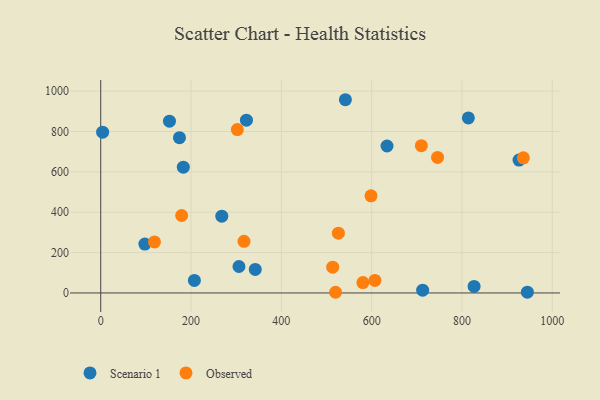
{"axis": {"x": "Ad Spend", "y": "Profit"}, "legend": ["Observed", "Scenario 1"], "data": [{"x": "268.1", "y": 380.7, "type": "Scenario 1"}, {"x": "814.1", "y": 867.1, "type": "Scenario 1"}, {"x": "926.3", "y": 658.3, "type": "Scenario 1"}, {"x": "152.2", "y": 851.2, "type": "Scenario 1"}, {"x": "174.4", "y": 769.3, "type": "Scenario 1"}, {"x": "322.7", "y": 856.2, "type": "Scenario 1"}, {"x": "944.8", "y": 4.1, "type": "Scenario 1"}, {"x": "306.1", "y": 131.0, "type": "Scenario 1"}, {"x": "182.9", "y": 623.5, "type": "Scenario 1"}, {"x": "826.8", "y": 32.4, "type": "Scenario 1"}, {"x": "634.0", "y": 728.2, "type": "Scenario 1"}, {"x": "541.8", "y": 957.5, "type": "Scenario 1"}, {"x": "712.9", "y": 13.6, "type": "Scenario 1"}, {"x": "342.2", "y": 116.8, "type": "Scenario 1"}, {"x": "207.4", "y": 62.1, "type": "Scenario 1"}, {"x": "4.2", "y": 796.6, "type": "Scenario 1"}, {"x": "97.7", "y": 242.2, "type": "Scenario 1"}, {"x": "302.5", "y": 809.7, "type": "Observed"}, {"x": "317.3", "y": 255.7, "type": "Observed"}, {"x": "526.3", "y": 296.0, "type": "Observed"}, {"x": "179.2", "y": 383.9, "type": "Observed"}, {"x": "745.9", "y": 671.4, "type": "Observed"}, {"x": "598.5", "y": 481.2, "type": "Observed"}, {"x": "119.0", "y": 253.0, "type": "Observed"}, {"x": "513.7", "y": 127.9, "type": "Observed"}, {"x": "935.9", "y": 669.5, "type": "Observed"}, {"x": "607.2", "y": 62.0, "type": "Observed"}, {"x": "520.0", "y": 3.4, "type": "Observed"}, {"x": "580.6", "y": 51.4, "type": "Observed"}, {"x": "710.0", "y": 729.8, "type": "Observed"}]}